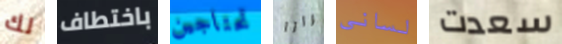
لك باختطاف تحتاجين مرارا لساني سعدت